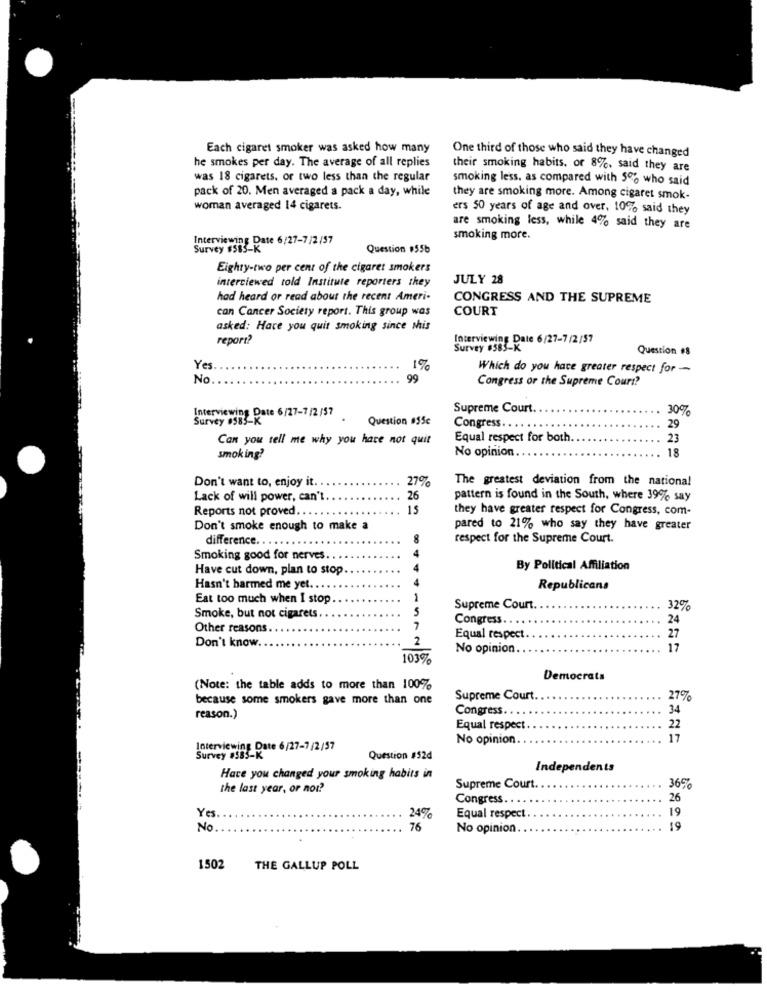
Each cigaret smoker was asked how many
One third of those who said they have changed
he smokes per day. The average of all replies
their smoking habits. or 8%, said they are
was 18 cigarets. or two less than the regular
smoking less. as compared with 5% who said
pack of 20. Men averaged a pack a day, while
they are smoking more. Among cigaret smok-
woman averaged 14 cigarets.
ers 50 years of age and over, 10% said they
are smoking less, while 4% said they are
Interviewing Date 6/27-7/2 /57
smoking more.
Survey #583-K
Question $55b
Eighty-two per cent of the cigaret smokers
interviewed told Institute reporters they
JULY 28
had heard or read about the recent Ameri-
CONGRESS AND THE SUPREME
can Cancer Society report. This group was
COURT
asked: Hace you quit smoking since shis
report?
Interviewing Date 6/27-7/2/57
Survey #583-K
Question #8
Yes
1%
Which do you have greater respect for -
No
99
Congress or the Supreme Court?
Supreme Court.
30%
Survey 0585-K
Interviewing Date 6/27-7 /2/57
Question #55c
Congress. . . . .
29
Can you tell me why you have not quit
Equal respect for both
23
No opinion
18
smoking?
Don't want to, enjoy it.
The greatest deviation from the national
Lack of will power, can't
26
pattern is found in the South, where 39% say
Reports not proved.
15
they have greater respect for Congress, com-
Don't smoke enough to make a
pared to 21% who say they have greater
difference.
8
respect for the Supreme Court.
Smoking good for nerves.
Have cut down, plan to stop
By Political Affiliation
Hasn't harmed me yet.
Republicans
Eat too much when I stop
1
5
Supreme Court.
32%
Smoke, but not cigarets
Congress. .
24
Other reasons
Don't know
2
4441572
Equal respect.
27
No opinion.
17
1039%
Democrats
(Note: the table adds to more than 100%
because some smokers gave more than one
Supreme Court.
27%
Congress.
34
reason.)
Equal respect
22
No opinion.
17
Interviewing Date 6/27-7/2/57
Survey #385-K
Question #52d
Independents
Hace you changed your smoking habits in
the last year, or not?
Supreme Court.
36%
Congress ..
26
24%
19
Yes.
Equal respect
No
76
No opinion
19
1502
THE GALLUP POLL